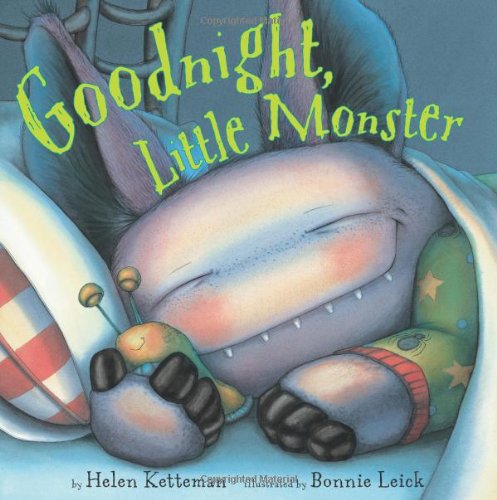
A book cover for Goodnight, Little Monster; Helen Ketteman; Children's Books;